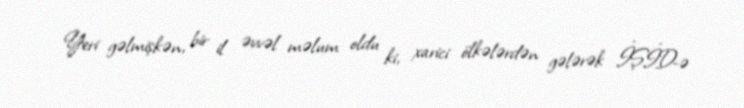
Yeri gəlmişkən, bir il əvvəl məlum oldu ki, xarici ölkələrdən gələrək İŞİD-ə